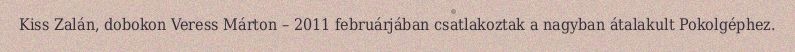
Kiss Zalán, dobokon Veress Márton – 2011 februárjában csatlakoztak a nagyban átalakult Pokolgéphez.